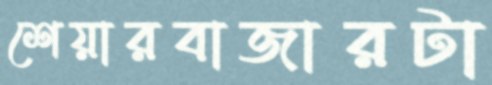
শেয়ারবাজারটা